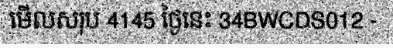
មើលសរុប 4145 ថ្ងៃនេះ 34BWCDS012 -